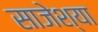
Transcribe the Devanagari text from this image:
साजेश्या